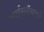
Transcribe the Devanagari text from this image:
व्हाईसरॉयकडे